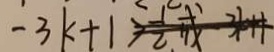
- 3 k + 1